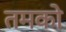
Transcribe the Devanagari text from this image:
तमको